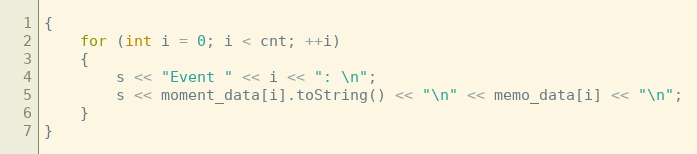
Language: C++
{
    for (int i = 0; i < cnt; ++i)
    {
        s << "Event " << i << ": \n";
        s << moment_data[i].toString() << "\n" << memo_data[i] << "\n";
    }
}